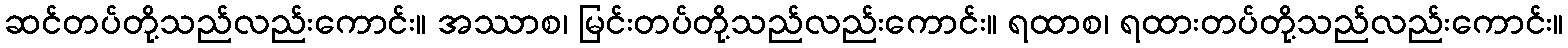
ဆင်တပ်တို့သည်လည်းကောင်း။ အဿာစ၊ မြင်းတပ်တို့သည်လည်းကောင်း။ ရထာစ၊ ရထားတပ်တို့သည်လည်းကောင်း။